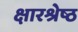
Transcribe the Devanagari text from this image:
क्षारश्रेष्ठ